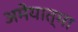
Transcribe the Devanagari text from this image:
अमेयात्मा